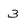
Character: 3